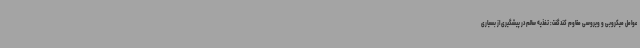
عوامل میکروبی و ویروسی مقاوم کندگفت: تغذیه سالم در پیشگیری از بسیاری